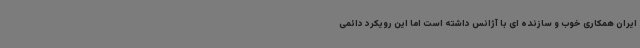
ایران همکاری خوب و سازنده ای با آژانس داشته است اما این رویکرد دائمی